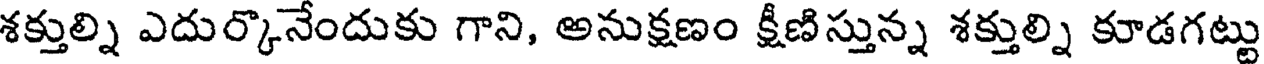
శక్తుల్ని ఎదుర్కొనేందుకు గాని, అనుక్షణం క్షీణిస్తున్న శక్తుల్ని కూడగట్టు